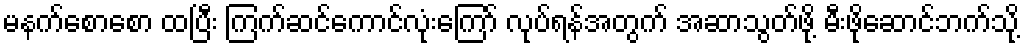
မနက်စောစော ထပြီး ကြက်ဆင်ကောင်လုံးကြော် လုပ်ရန်အတွက် အဆာသွတ်ဖို့ မီးဖိုဆောင်ဘက်သို့